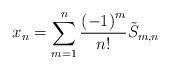
LaTeX: \begin{align*}x_{n}=\sum_{m=1}^{n}\frac{\left(-1\right)^{m} }{n!}\tilde{S}_{m,n}\end{align*}